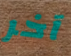
آخر